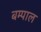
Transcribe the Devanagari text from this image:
बम्पाल